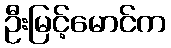
ဦးမြင့်မောင်က